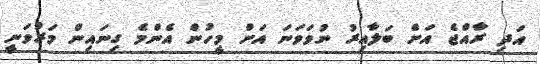
އަދި ރާއްޖެ އަށް ބަލާއިރު ނުވަވަނަ އަށް މީހުން އެންމެ ގިނައިން މަރުވަނީ